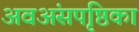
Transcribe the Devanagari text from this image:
अवअंसपृष्ठिका